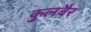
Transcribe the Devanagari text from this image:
कुलबैर